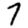
Digit: 7